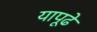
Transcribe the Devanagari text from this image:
यापूढे